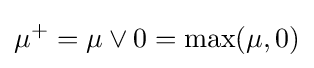
\mu ^{+}=\mu \vee 0=\max(\mu ,0)